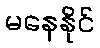
မနေနိုင်